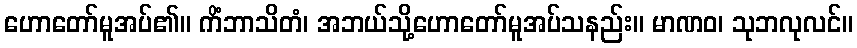
ဟောတော်မူအပ်၏။ ကိံဘာသိတံ၊ အဘယ်သို့ဟောတော်မူအပ်သနည်း။ မာဏဝ၊ သုဘလုလင်။